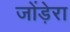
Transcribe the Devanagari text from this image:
जोंड़ेरा